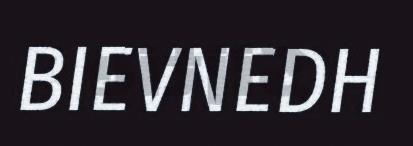
BIEVNEDH